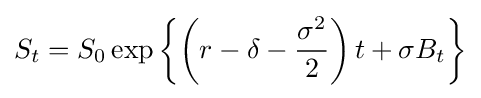
S_{t}=S_{0}\exp \left\{\left(r-\delta -{\frac {\sigma ^{2}}{2}}\right)t+\sigma B_{t}\right\}